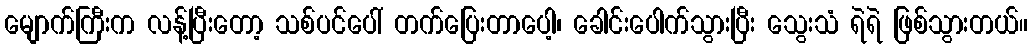
မျောက်ကြီးက လန့်ပြီးတော့ သစ်ပင်ပေါ် တက်ပြေးတာပေါ့၊ ခေါင်းပေါက်သွားပြီး သွေးသံ ရဲရဲ ဖြစ်သွားတယ်။